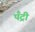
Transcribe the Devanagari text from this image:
पँट्री